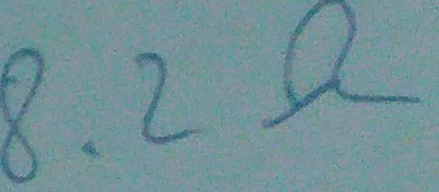
Text: 8.2Ω